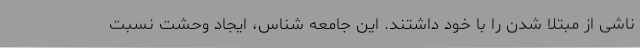
ناشی از مبتلا شدن را با خود داشتند. این جامعه شناس، ایجاد وحشت نسبت